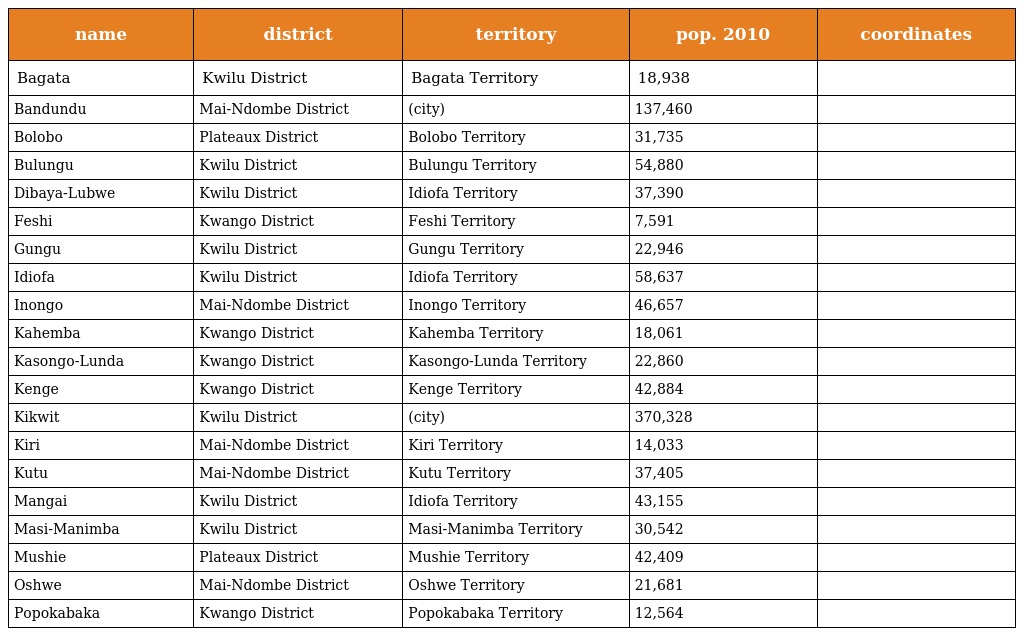
| name | district | territory | pop. 2010 | coordinates |
 | --- | --- | --- | --- | --- |
 | Bagata | Kwilu District | Bagata Territory | 18,938 |  |
 | Bandundu | Mai-Ndombe District | (city) | 137,460 |  |
 | Bolobo | Plateaux District | Bolobo Territory | 31,735 |  |
 | Bulungu | Kwilu District | Bulungu Territory | 54,880 |  |
 | Dibaya-Lubwe | Kwilu District | Idiofa Territory | 37,390 |  |
 | Feshi | Kwango District | Feshi Territory | 7,591 |  |
 | Gungu | Kwilu District | Gungu Territory | 22,946 |  |
 | Idiofa | Kwilu District | Idiofa Territory | 58,637 |  |
 | Inongo | Mai-Ndombe District | Inongo Territory | 46,657 |  |
 | Kahemba | Kwango District | Kahemba Territory | 18,061 |  |
 | Kasongo-Lunda | Kwango District | Kasongo-Lunda Territory | 22,860 |  |
 | Kenge | Kwango District | Kenge Territory | 42,884 |  |
 | Kikwit | Kwilu District | (city) | 370,328 |  |
 | Kiri | Mai-Ndombe District | Kiri Territory | 14,033 |  |
 | Kutu | Mai-Ndombe District | Kutu Territory | 37,405 |  |
 | Mangai | Kwilu District | Idiofa Territory | 43,155 |  |
 | Masi-Manimba | Kwilu District | Masi-Manimba Territory | 30,542 |  |
 | Mushie | Plateaux District | Mushie Territory | 42,409 |  |
 | Oshwe | Mai-Ndombe District | Oshwe Territory | 21,681 |  |
 | Popokabaka | Kwango District | Popokabaka Territory | 12,564 |  |